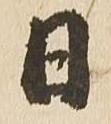
日